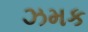
ઝમક